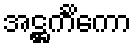
အဋ္ဌင်္ကိကော